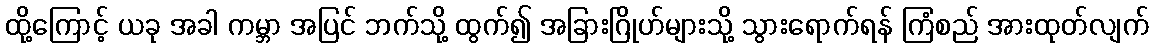
ထို့ကြောင့် ယခု အခါ ကမ္ဘာ အပြင် ဘက်သို့ ထွက်၍ အခြားဂြိုဟ်များသို့ သွားရောက်ရန် ကြံစည် အားထုတ်လျက်